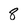
Character: 8